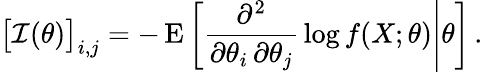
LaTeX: {\bigl[}{\mathcal{I}}(\theta){\bigr]}_{i,j}=-\operatorname{E}\left[\left.{\frac{\partial^{2}}{\partial\theta_{i}\, \partial\theta_{j}}}\log f(X;\theta)\right|\theta\right]\, .